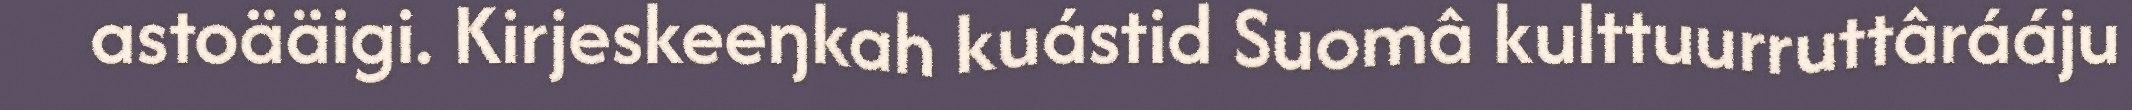
astoääigi. Kirjeskeeŋkah kuástid Suomâ kulttuurruttârááju